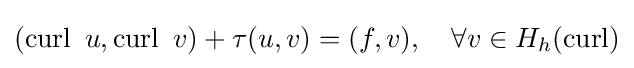
(\operatorname {curl} ~u,\operatorname {curl} ~v)+\tau (u,v)=(f,v),\quad \forall v\in H_{h}(\operatorname {curl} )